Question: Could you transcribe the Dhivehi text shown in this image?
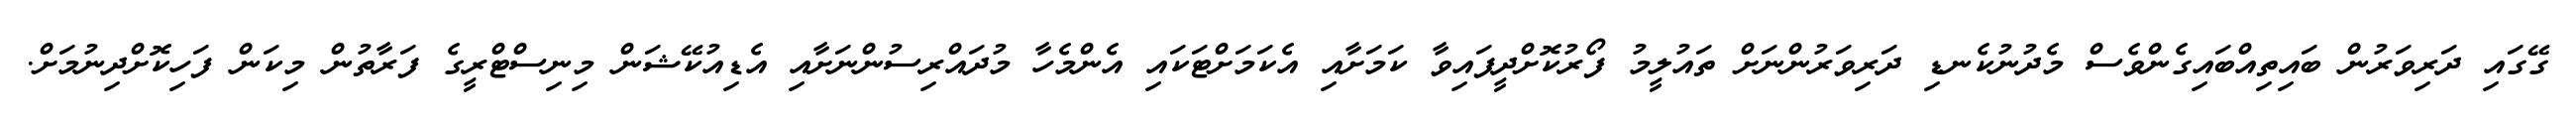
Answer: ގޭގައި ދަރިވަރުން ބައިތިއްބައިގެންވެސް މެދުނުކެނޑި ދަރިވަރުންނަށް ތައުލީމު ފޯރުކޮށްދީފައިވާ ކަމަށާއި އެކަމަށްޓަކައި އެންމެހާ މުދައްރިސުންނަށާއި އެޑިއުކޭޝަން މިނިސްޓްރީގެ ފަރާތުން މިކަން ފަހިކޮށްދިނުމަށް.